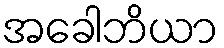
အခေါဘိယာ